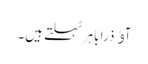
آﺅ ذرا باہرٹہلتے ہیں۔